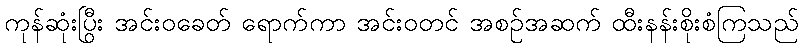
ကုန်ဆုံးပြီး အင်းဝခေတ် ရောက်ကာ အင်းဝတွင် အစဉ်အဆက် ထီးနန်းစိုးစံကြသည်